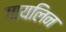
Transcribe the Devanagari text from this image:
गायलिन